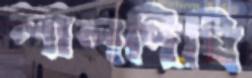
লালদিঘি